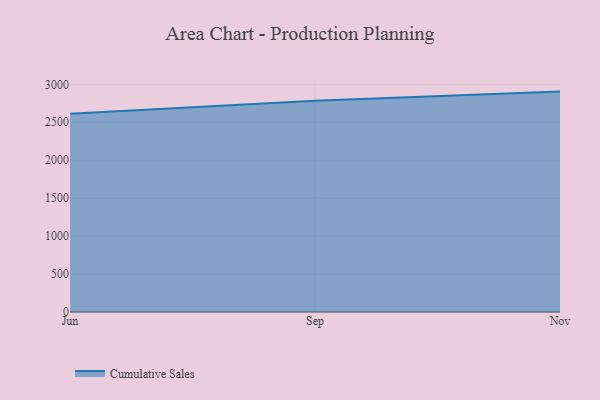
{"axis": {"x": "Month", "y": "Population (Million)"}, "legend": ["Cumulative Sales"], "data": [{"x": "Jun", "y": 2613.0, "type": "Cumulative Sales"}, {"x": "Sep", "y": 2783.4, "type": "Cumulative Sales"}, {"x": "Nov", "y": 2904.0, "type": "Cumulative Sales"}]}